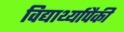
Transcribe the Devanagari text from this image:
विद्यार्थ्यापैकी